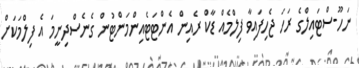
ނަހޫ-ސްޓައިލްގެ ރަހަ ޖެހިފައިވާ ފިލްމެއް ޑާކް ރެއިން އެންޓަޓެއިންމަންޓުން ގެނެސްދިނީމަ އެ ފިލްމަކަށް